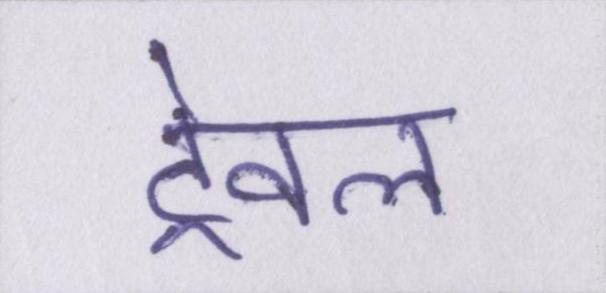
ट्रेवल